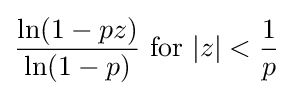
{\frac {\ln(1-pz)}{\ln(1-p)}}{\text{ for }}|z|<{\frac {1}{p}}